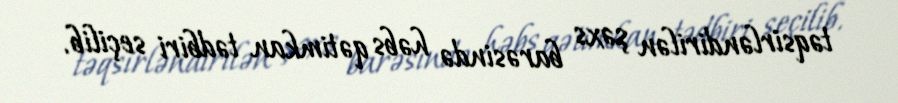
təqsirləndirilən şəxs barəsində həbs qətimkan tədbiri seçilib.